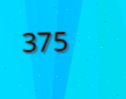
375